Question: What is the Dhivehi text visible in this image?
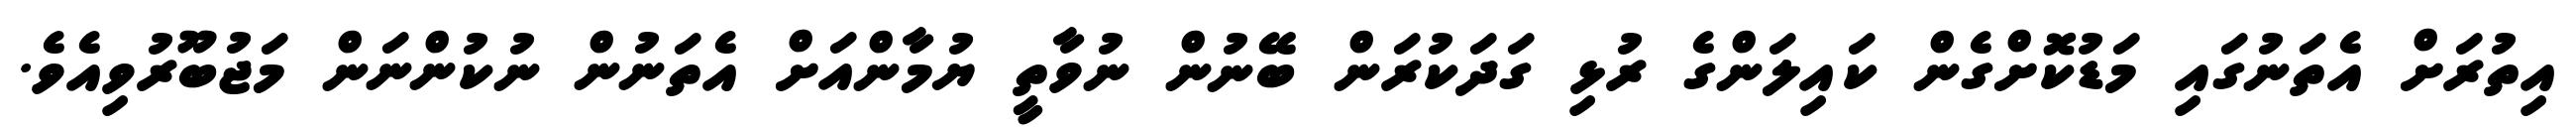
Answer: އިތުރަށް އެތަނުގައި މަޑުކޮށްގެން ކައިލަންގެ ރުޅި ގަދަކުރަން ބޭނުން ނުވާތީ ޔުމާންއަށް އެތަނުން ނުކުންނަން މަޖުބޫރުވިއެވެ.